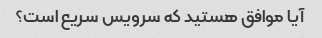
آیا موافق هستید که سرویس سریع است؟